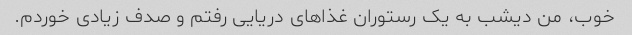
خوب، من دیشب به یک رستوران غذاهای دریایی رفتم و صدف زیادی خوردم.